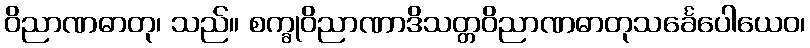
ဝိညာဏဓာတု၊ သည်။ စက္ခုဝိညာဏာဒိသတ္တဝိညာဏဓာတုသင်္ခေပေါယေဝ၊